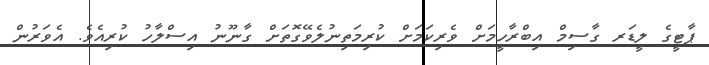
ޕާޓީގެ ލީޑަރ ގާސިމް އިބްރާހީމަށް ވެރިކަމަށް ކުރިމަތިނުލެވޭގޮތަށް ގާނޫނު އިސްލާހު ކުރިއެވެ. އެވަރުން